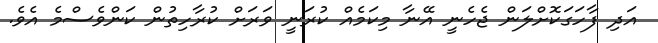
އަދި ފާހަގަކޮށްލަން ޖެހެނީ އޭނާ މިކަމެއް ކުރަނީ ވަރަށް ކުރާހިތުން ކަންވެސްމެ އެވެ.